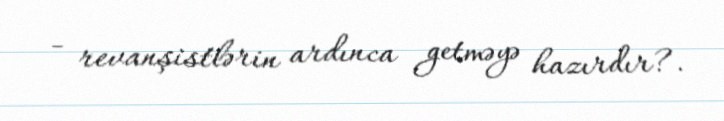
- revanşistlərin ardınca getməyə hazırdır?.